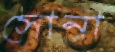
সোনা